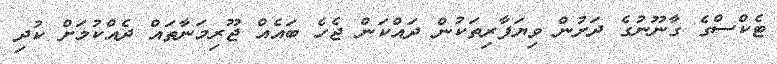
ޓެކްސްގެ ގާނޫނުގެ ދަށުން ވިޔަފާރިތަކުން ދައްކަން ޖެހެ ބައެއް ޖޫރިމަނާތައް ދެއްކުމަށް ކުދި